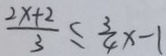
\frac { 2 x + 2 } { 3 } \geqslant \frac { 3 } { 4 } x - 1